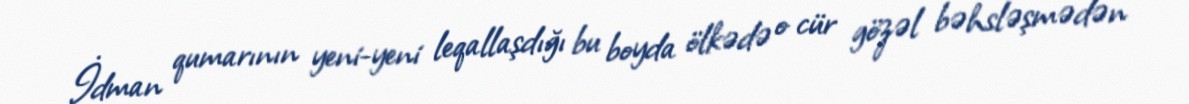
İdman qumarının yeni-yeni leqallaşdığı bu boyda ölkədə o cür gözəl bəhsləşmədən